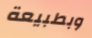
وبطبيعة